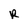
Character: R